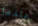
عندما